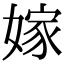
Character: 嫁